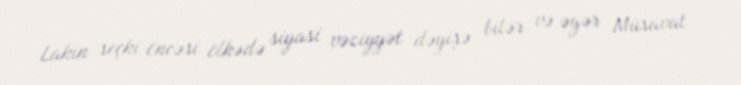
Lakin seçki öncəsi ölkədə siyasi vəziyyət dəyişə bilər və əgər Müsavat